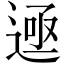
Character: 𬨲